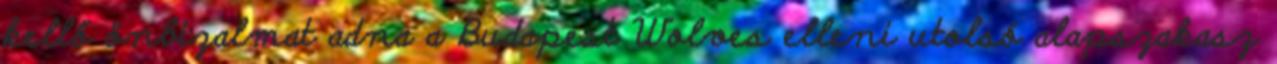
kellő önbizalmat adna a Budapest Wolves elleni utolsó alapszakasz